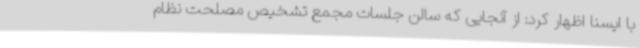
با ایسنا اظهار کرد: از آنجایی که سالن جلسات مجمع تشخیص مصلحت نظام